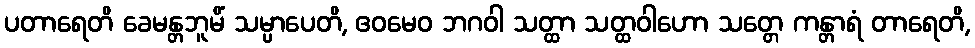
ပတာရေတိ ခေမန္တဘူမိံ သမ္ပာပေတိ, ဧဝမေဝ ဘဂဝါ သတ္ထာ သတ္ထဝါဟော သတ္တေ ကန္တာရံ တာရေတိ,